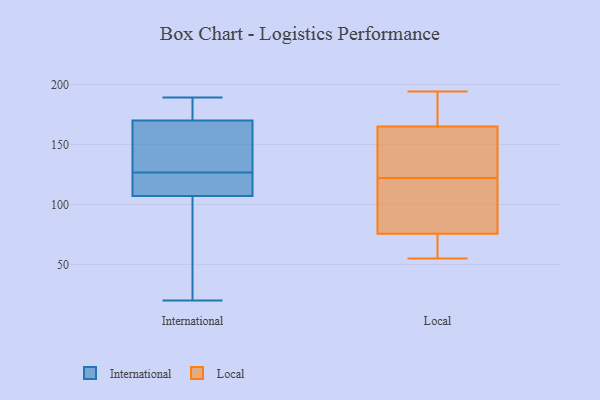
{"axis": {"x": "Net Income (USD K)", "y": "Value"}, "legend": ["International", "Local"], "data": [{"x": "", "y": 27, "type": "International"}, {"x": "", "y": 135, "type": "International"}, {"x": "", "y": 137, "type": "International"}, {"x": "", "y": 102, "type": "International"}, {"x": "", "y": 116, "type": "International"}, {"x": "", "y": 180, "type": "International"}, {"x": "", "y": 128, "type": "International"}, {"x": "", "y": 130, "type": "International"}, {"x": "", "y": 121, "type": "International"}, {"x": "", "y": 112, "type": "International"}, {"x": "", "y": 189, "type": "International"}, {"x": "", "y": 65, "type": "International"}, {"x": "", "y": 20, "type": "International"}, {"x": "", "y": 122, "type": "International"}, {"x": "", "y": 125, "type": "International"}, {"x": "", "y": 166, "type": "International"}, {"x": "", "y": 73, "type": "International"}, {"x": "", "y": 174, "type": "International"}, {"x": "", "y": 182, "type": "International"}, {"x": "", "y": 182, "type": "International"}, {"x": "", "y": 72, "type": "Local"}, {"x": "", "y": 100, "type": "Local"}, {"x": "", "y": 172, "type": "Local"}, {"x": "", "y": 81, "type": "Local"}, {"x": "", "y": 125, "type": "Local"}, {"x": "", "y": 122, "type": "Local"}, {"x": "", "y": 75, "type": "Local"}, {"x": "", "y": 89, "type": "Local"}, {"x": "", "y": 73, "type": "Local"}, {"x": "", "y": 69, "type": "Local"}, {"x": "", "y": 188, "type": "Local"}, {"x": "", "y": 182, "type": "Local"}, {"x": "", "y": 139, "type": "Local"}, {"x": "", "y": 136, "type": "Local"}, {"x": "", "y": 194, "type": "Local"}, {"x": "", "y": 144, "type": "Local"}, {"x": "", "y": 190, "type": "Local"}, {"x": "", "y": 55, "type": "Local"}, {"x": "", "y": 77, "type": "Local"}]}